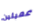
عميلين